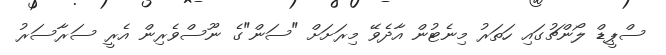
ސްޕީޑް ލޯންޗުގައި ހަތަރު މިނެޓުން އާދެވޭ މިރަށަށް "ސަން"ގެ ނޫސްވެރިން އެރީ ސަރާސަރު